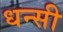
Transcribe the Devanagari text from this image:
धन्सी